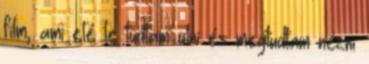
film, ami elé le tudtam ülni és megtudtam nézni